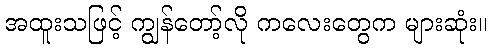
အထူးသဖြင့် ကျွန်တော့်လို ကလေးတွေက များဆုံး။